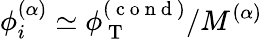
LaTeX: \phi_{i}^{(\alpha)}\simeq\phi_{\mathrm{~T~}}^{(\mathrm{~c~o~n~d~})}/M^{(\alpha)}